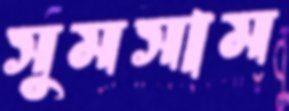
সুমসাম